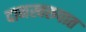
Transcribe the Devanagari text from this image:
दानस्वरुपात